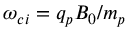
\omega _ { c i } = q _ { p } B _ { 0 } / m _ { p }